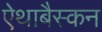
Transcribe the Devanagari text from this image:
ऐथाबैस्कन